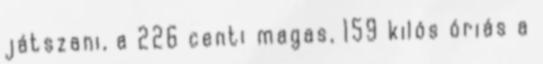
játszani, a 226 centi magas, 159 kilós óriás a